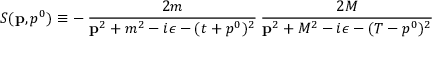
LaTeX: S ( { \bf p } , p ^ { 0 } ) \equiv - \: \frac { 2 m } { { \bf p } ^ { 2 } + m ^ { 2 } - i \epsilon - ( t + p ^ { 0 } ) ^ { 2 } } \: \frac { 2 M } { { \bf p } ^ { 2 } + M ^ { 2 } - i \epsilon - ( T - p ^ { 0 } ) ^ { 2 } }